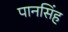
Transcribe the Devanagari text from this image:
पानसिंह